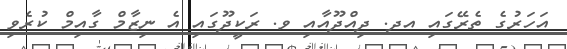
އަހަރުގެ ތެރޭގައި އދ. ދިއްދޫއާއި ވ. ރަކީދޫގައި އެ ނިޒާމް ގާއިމް ކުރެވި